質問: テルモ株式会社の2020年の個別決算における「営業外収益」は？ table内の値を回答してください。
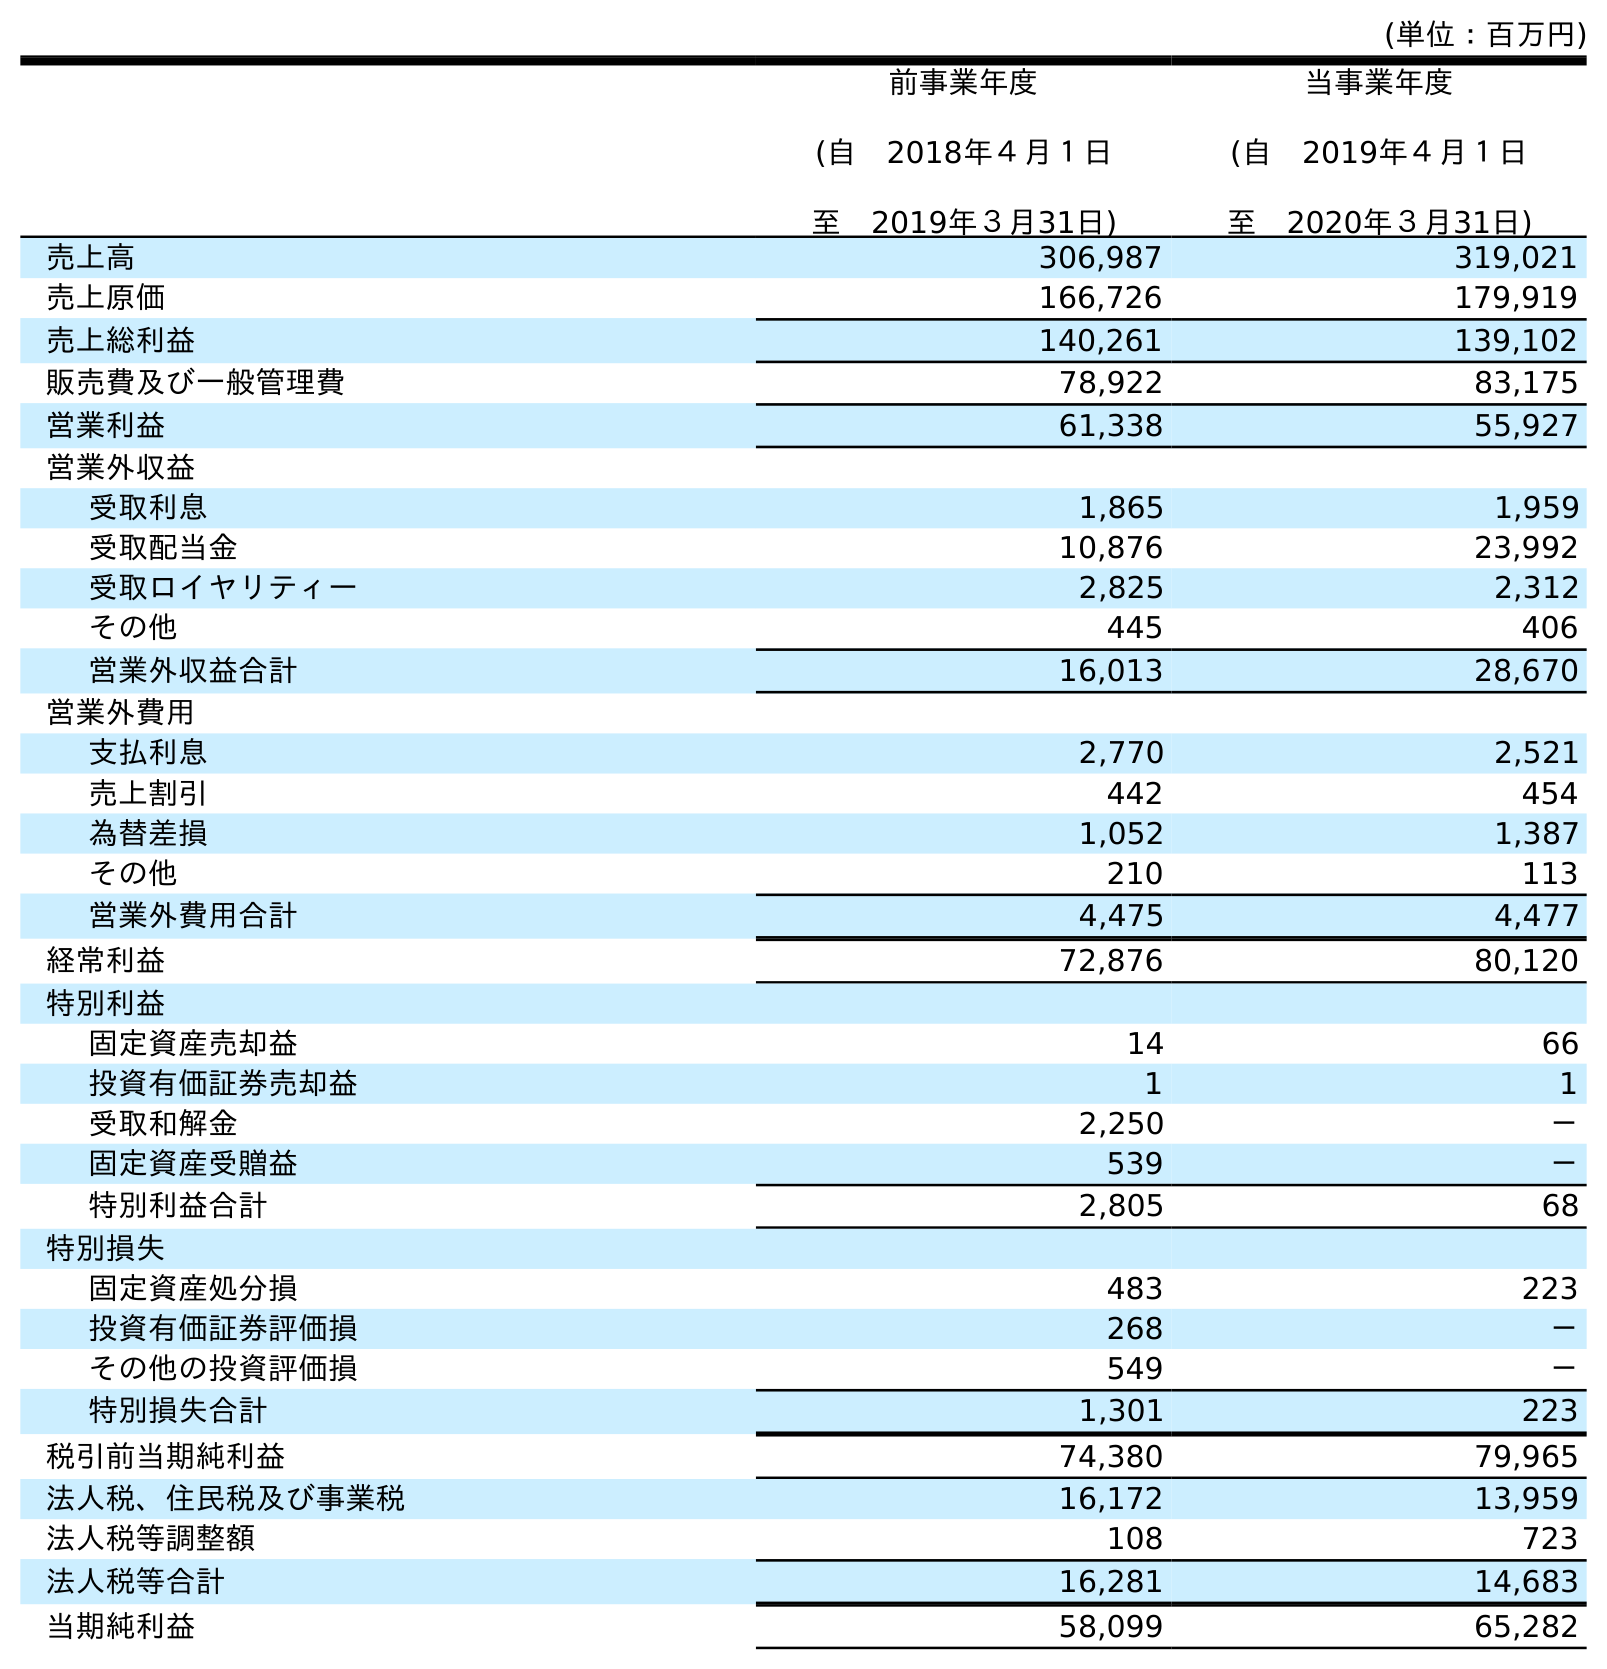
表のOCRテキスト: (単位：百万円) 前事業年度 (自 2018年４月１日 至 2019年３月31日) 当事業年度 (自 2019年４月１日 至 2020年３月31日) 売上高 306,987 319,021 売上原価 166,726 179,919 売上総利益 140,261 139,102 販売費及び一般管理費 78,922 83,175 営業利益 61,338 55,927 営業外収益 受取利息 1,865 1,959 受取配当金 10,876 23,992 受取ロイヤリティー 2,825 2,312 その他 445 406 営業外収益合計 16,013 28,670 営業外費用 支払利息 2,770 2,521 売上割引 442 454 為替差損 1,052 1,387 その他 210 113 営業外費用合計 4,475 4,477 経常利益 72,876 80,120 特別利益 固定資産売却益 14 66 投資有価証券売却益 1 1 受取和解金 2,250 － 固定資産受贈益 539 － 特別利益合計 2,805 68 特別損失 固定資産処分損 483 223 投資有価証券評価損 268 － その他の投資評価損 549 － 特別損失合計 1,301 223 税引前当期純利益 74,380 79,965 法人税、住民税及び事業税 16,172 13,959 法人税等調整額 108 723 法人税等合計 16,281 14,683 当期純利益 58,099 65,282
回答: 28,670